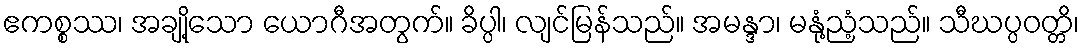
ဧကစ္စဿ၊ အချို့သော ယောဂီအတွက်။ ခိပ္ပါ၊ လျင်မြန်သည်။ အမန္ဒာ၊ မနုံ့ညံ့သည်။ သီဃပ္ပဝတ္တိ၊